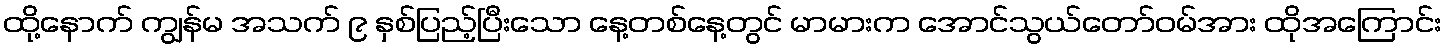
ထို့နောက် ကျွန်မ အသက် ၉ နှစ်ပြည့်ပြီးသော နေ့တစ်နေ့တွင် မာမားက အောင်သွယ်တော်ဝမ်အား ထိုအကြောင်း